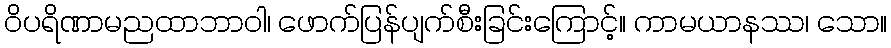
ဝိပရိဏာမညထာဘာဝါ၊ ဖောက်ပြန်ပျက်စီးခြင်းကြောင့်။ ကာမယာနဿ၊ သော။